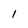
Character: 1